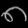
Digit: ၈